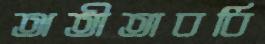
অতীতাবধি